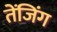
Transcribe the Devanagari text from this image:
तेंजिंग